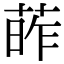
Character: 葃